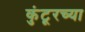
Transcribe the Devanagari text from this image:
कुंटूरच्या